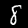
Digit: 8